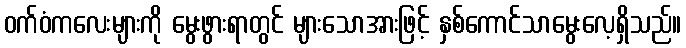
ဝက်ဝံကလေးများကို မွေးဖွားရာတွင် များသောအားဖြင့် နှစ်ကောင်သာမွေးလေ့ရှိသည်။